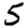
Digit: 5